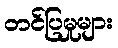
တင်ပြမှုများ